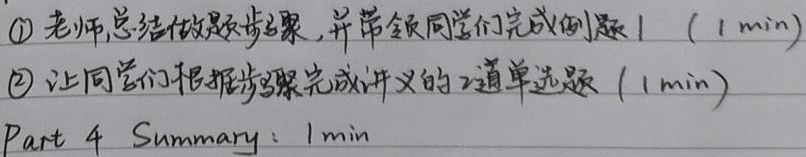
\textcircled{1} 老师总结做题步骤，并带领同学们完成例题1（1 min）
\textcircled{2} 让同学们根据步骤完成讲义的2道单选题（1 min）
Part 4 Summary：1 min